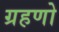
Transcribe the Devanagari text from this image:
ग्रहणो